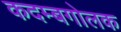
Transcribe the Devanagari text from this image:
कदम्बगोलक